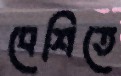
বেশিতে